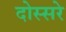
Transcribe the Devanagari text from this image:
दोस्सरे